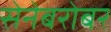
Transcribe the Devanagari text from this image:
सेनेबरोबर